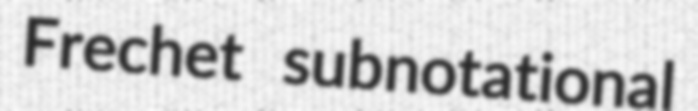
Frechet subnotational